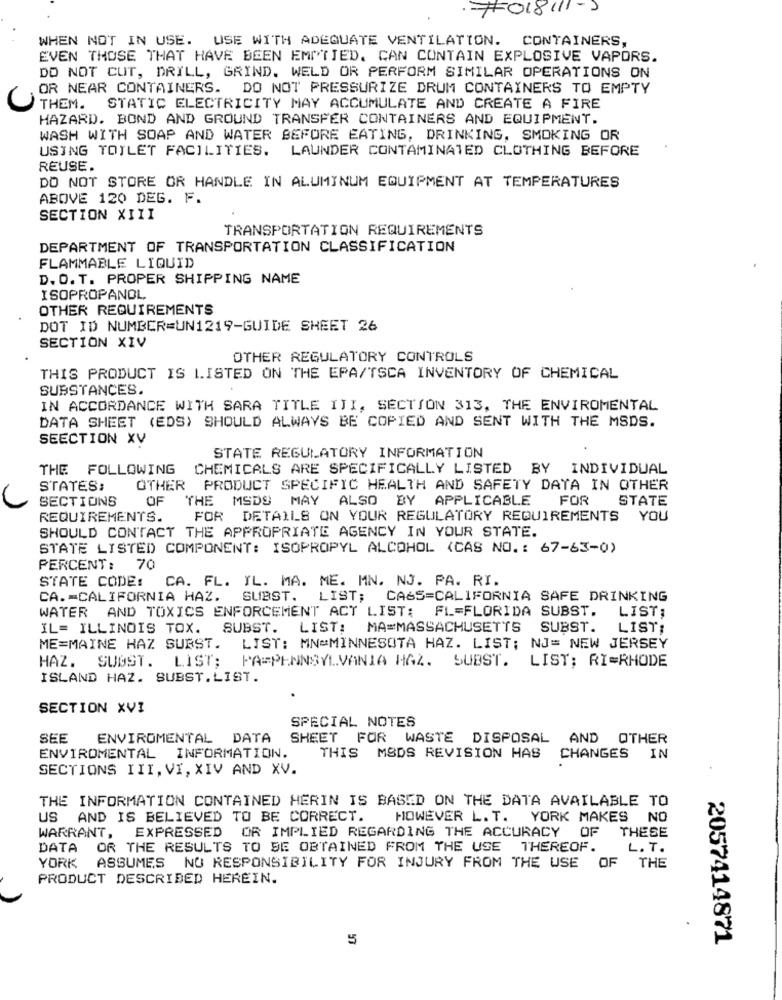
F018111-2
WHEN NOT IN USE. USE WITH ADEQUATE VENTILATION. CONTAINERS,
EVEN THOSE THAT HAVE BEEN EMPTIED. CAN CONTAIN EXPLOSIVE VAPORS.
DO NOT CUT, DRILL, GRIND. WELD OR PERFORM SIMILAR OPERATIONS ON
OR NEAR CONTAINERS.
DO NOT PRESSURIZE DRUM CONTAINERS TO EMPTY
THEM .
STATIC ELECTRICITY MAY ACCUMULATE AND CREATE A FIRE
HAZARD. BOND AND GROUND TRANSFER CONTAINERS AND EQUIPMENT.
WASH WITH SOAP AND WATER BEFORE EATING, DRINKING, SMOKING OR
USING TOILET FACILITIES.
LAUNDER CONTAMINATED CLOTHING BEFORE
REUSE.
DO NOT STORE OR HANDLE IN ALUMINUM EQUIPMENT AT TEMPERATURES
ABOVE 120 DEG. F.
SECTION XIII
TRANSPORTATION REQUIREMENTS
DEPARTMENT OF TRANSPORTATION CLASSIFICATION
FLAMMABLE LIQUID
D. O.T. PROPER SHIPPING NAME
ISOPROPANOL
OTHER REQUIREMENTS
DOT ID NUMBER=UN1219-GUIDE SHEET 26
SECTION XIV
OTHER REGULATORY CONTROLS
THIS PRODUCT IS LISTED ON THE EPA/TSCA INVENTORY OF CHEMICAL
SUBSTANCES.
IN ACCORDANCE WITH SARA TITLE IJI, SECTION 313, THE ENVIROMENTAL
DATA SHEET (EDS) SHOULD ALWAYS BE COPIED AND SENT WITH THE MSDS.
SEECTION XV
STATE REGULATORY INFORMATION
THE FOLLOWING
CHEMICALS ARE SPECIFICALLY LISTED BY INDIVIDUAL
STATES:
OTHER PRODUCT SPECIFIC HEALTH AND SAFETY DATA IN OTHER
SECTIONS
OF
THE MSDS MAY ALSO BY APPLICABLE FOR
STATE
REQUIREMENTS.
FOR DETAILS ON YOUR REGULATORY REQUIREMENTS
YOU
SHOULD CONTACT THE APPROPRIATE AGENCY IN YOUR STATE.
STATE LISTED COMPONENT: ISOPROPYL ALCOHOL (CAS NO. : 67-63-0)
PERCENT:
70
STATE CODE: CA. FL. IL. MA. ME. MN. NJ. PA. RI.
CA .= CALIFORNIA HAZ. SUBST. LIST; CASS=CALIFORNIA SAFE DRINKING
WATER AND TOXICS ENFORCEMENT ACT LIST: FL=FLORIDA SUBST.
LIST;
IL= ILLINOIS TOX. SUBST.
LIST:
MA=MASSACHUSETTS SUBST.
LIST;
ME=MAINE HAZ SUBST.
LIST: MN=MINNESOTA HAZ. LIST; NJ= NEW JERSEY
HAZ. SUØST. LIST;
PA=PENNSYLVANIA HAZ. SUBST. LIST; RI=RHODE
ISLAND HAZ. SUBST.LIST.
SECTION XVI
SPECIAL NOTES
SEE
ENVIROMENTAL DATA
SHEET FOR WASTE DISPOSAL
AND OTHER
ENVIROMENTAL INFORMATION.
THIS MSDS REVISION HAS CHANGES IN
SECTIONS III, VI, XIV AND XV.
THE INFORMATION CONTAINED HERIN IS BASED ON THE DATA AVAILABLE TO
US AND IS BELIEVED TO BE CORRECT.
HOWEVER L. T. YORK MAKES NO
EXPRESSED OR IMPLIED REGARDING THE ACCURACY OF
THESE
WARRANT,
DATA
OR THE RESULTS TO BE OBTAINED FROM THE USE THEREOF.
L. T.
YORK ASSUMES NO RESPONSIBILITY FOR INJURY FROM THE USE OF
THE
PRODUCT DESCRIBED HEREIN.
5
2057414871